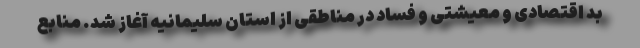
بد اقتصادی و معیشتی و فساد در مناطقی از استان سلیمانیه آغاز شد. منابع